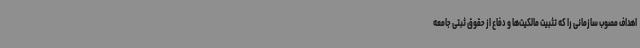
اهداف مصوب سازمانی را که تثبیت مالکیت‌ها و دفاع از حقوق ثبتی جامعه